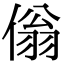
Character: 傟